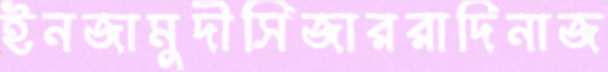
ইনজামুদীসিজাররাদিনাজ